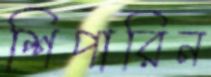
শিপারিন